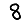
Digit: 8